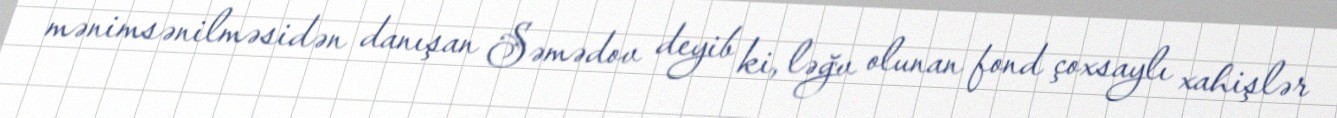
mənimsənilməsidən danışan Səmədov deyib ki, ləğv olunan fond çoxsaylı xahişlər